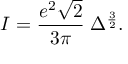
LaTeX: I = { \frac { e ^ { 2 } \sqrt { 2 } } { 3 \pi } } \; \Delta ^ { \frac { 3 } { 2 } } .